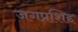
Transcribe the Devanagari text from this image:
जगप्रशिद्द